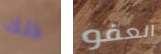
ذلك العفو